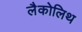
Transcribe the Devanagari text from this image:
लैकोलिथ